Indian journal of veterinary science and animal husbandry - Volumes 28-29, 1958-1959
Year: 1958
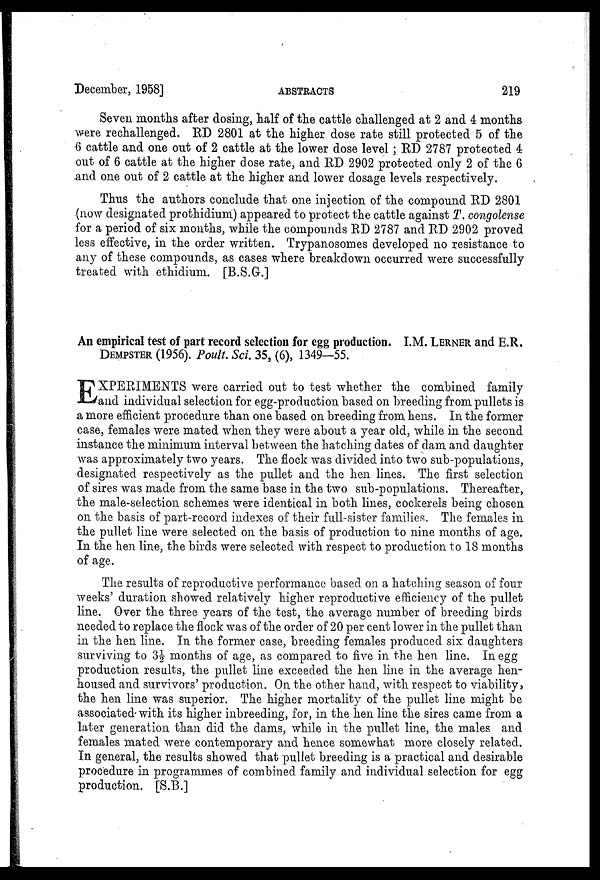
December, 1958]
ABSTRACTS
219
Seven months after dosing, half of the cattle challenged at 2 and 4 months
were rechallenged. RD 2801 at the higher dose rate still protected 5 of the
6 cattle and one out of 2 cattle at the lower dose level ; RD 2787 protected 4
out of 6 cattle at the higher dose rate, and RD 2902 protected only 2 of the 6
and one out of 2 cattle at the higher and lower dosage levels respectively.
Thus the authors conclude that one injection of the compound RD 2801
(now designated prothidium) appeared to protect the cattle against T. congolense
for a period of six months, while the compounds RD 2787 and RD 2902 proved
less effective, in the order written. Trypanosomes developed no resistance to
any of these compounds, as cases where breakdown occurred were successfully
treated with ethidium. [B.S.G.]
An empirical test of part record selection for egg production. I.M. LERNER and E.R.
DEMPSTER (1956). Poult. Sci. 35, (6), 1349—55.
E XPERIMENTS were carried out to test whether the combined family
and individual selection for egg-production based on breeding from pullets is
a more efficient procedure than one based on breeding from hens. In the former
case, females were mated when they were about a year old, while in the second
instance the minimum interval between the hatching dates of dam and daughter
was approximately two years. The flock was divided into two sub-populations,
designated respectively as the pullet and the hen lines. The first selection
of sires was made from the same base in the two sub-populations. Thereafter,
the male-selection schemes were identical in both lines, cockerels being chosen
on the basis of part-record indexes of their full-sister families. The females in
the pullet line were selected on the basis of production to nine months of age.
In the hen line, the birds were selected with respect to production to 18 months
of age.
The results of reproductive performance based on a hatching season of four
weeks' duration showed relatively higher reproductive efficiency of the pullet
line. Over the. three years of the test, the average number of breeding birds
needed to replace the flock was of the order of 20 per cent lower in the pullet than
in the hen line. In the former case, breeding females produced six daughters
surviving to 3½ months of age, as compared to five in the hen line. In egg
production results, the pullet line exceeded the hen line in the average hen-
housed and survivors' production. On the other hand, with respect to viability,
the hen line was superior. The higher mortality of the pullet line might be
associated with its higher inbreeding, for, in the hen line the sires came from a
later generation than did the dams, while in the pullet line, the males and
females mated were contemporary and hence somewhat more closely related.
In general, the results showed that pullet breeding is a practical and desirable
procedure in programmes of combined family and individual selection for egg
production. [S.B.]